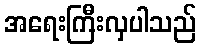
အရေးကြီးလှပါသည်